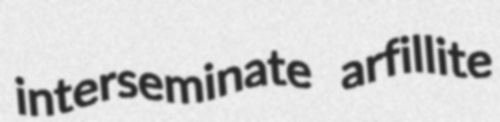
interseminate arfillite